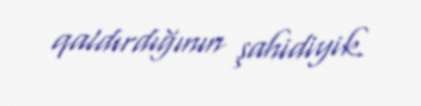
qaldırdığının şahidiyik.